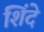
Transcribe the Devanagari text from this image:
शिंदे